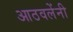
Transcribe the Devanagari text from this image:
आठवलेंनी